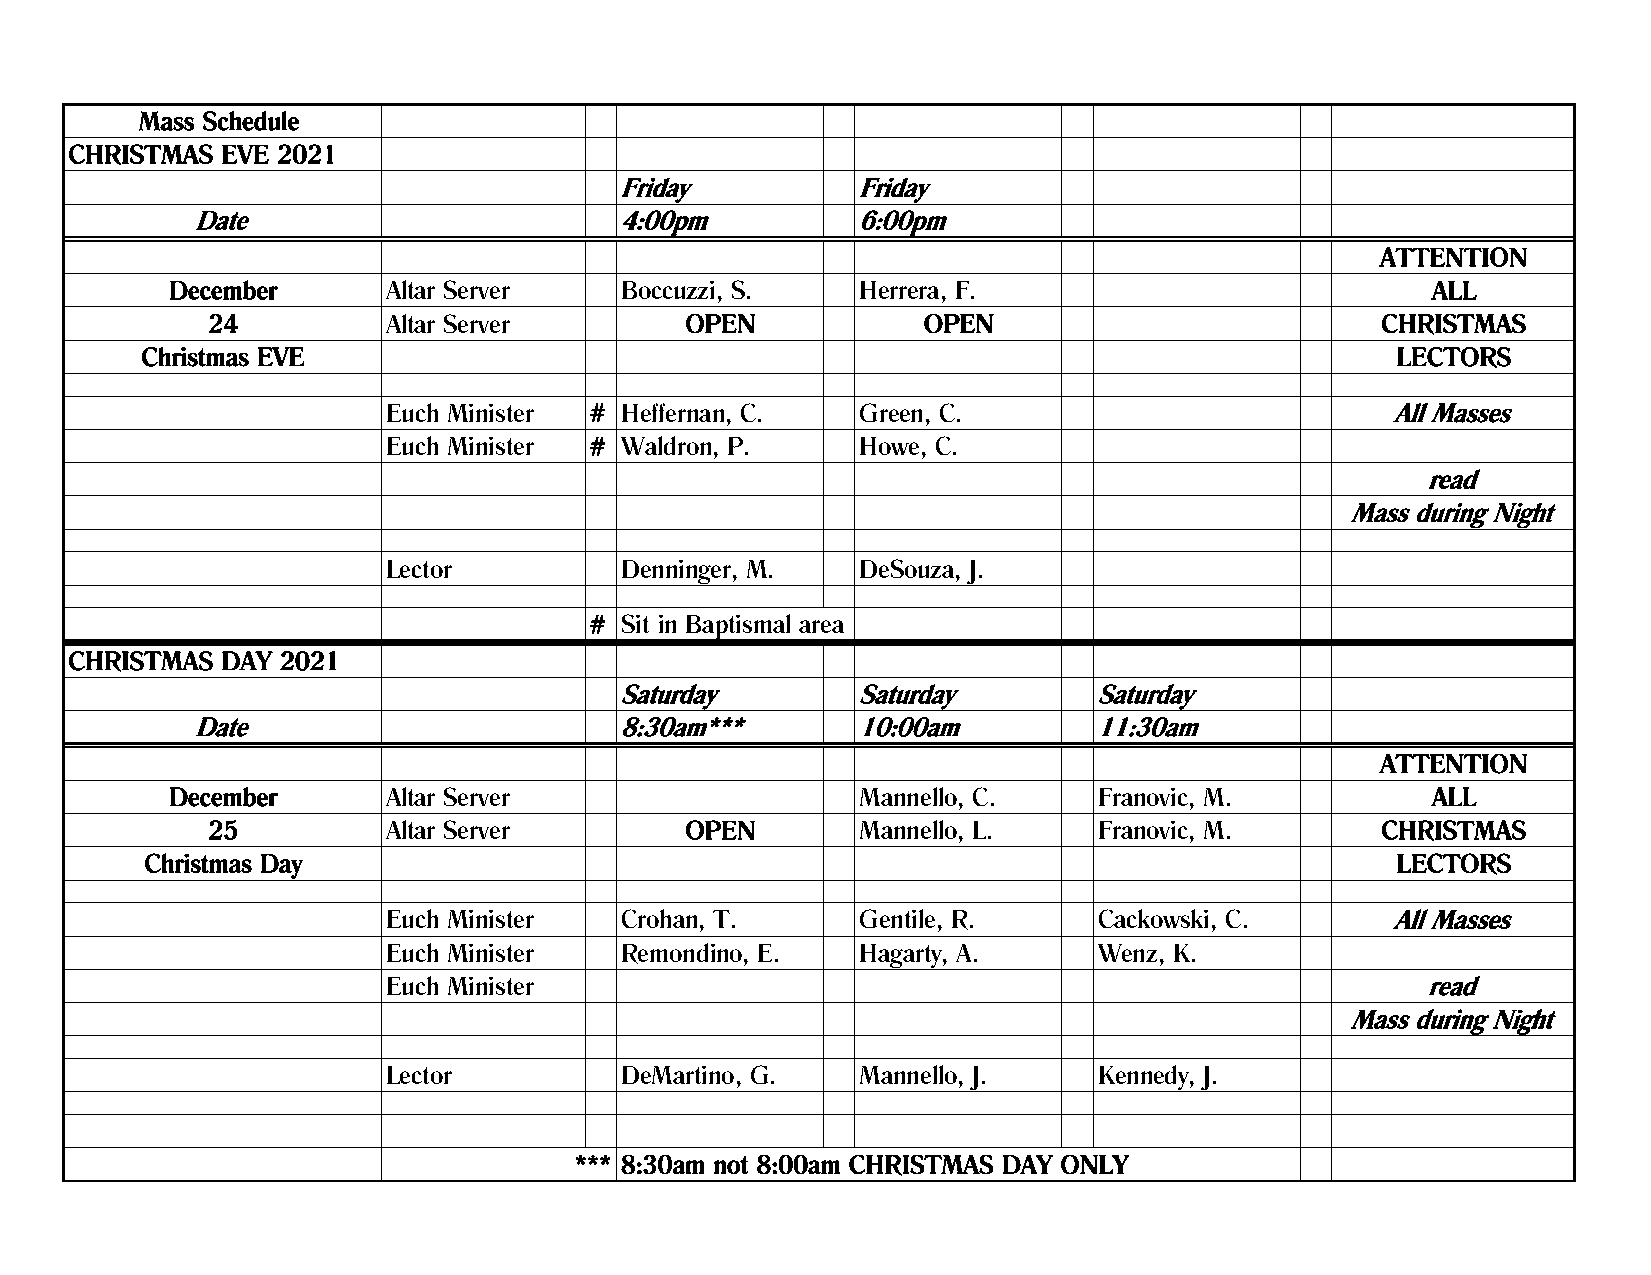
Mass Schedule
 CHRISTMAS EVE 2021
 Friday          Friday
 Date                        4:00pm          6:00pm
 ATTENTION
 December       Altar Server   Boccuzzi, S.    Herrera, F.                           ALL
 24          Altar Server       OPEN            OPEN                          CHRISTMAS
 Christmas EVE                                                                      LECTORS
 Euch Minister # Heffernan, C.  Green, C.                          All Masses
 Euch Minister # Waldron, P.    Howe, C.
 read
 Mass during Night
 Lector         Denninger, M.   DeSouza, J.
 # Sit in Baptismal area
 CHRISTMAS DAY 2021
 Saturday        Saturday       Saturday
 Date                        8:30am***       10:00am        11:30am
 ATTENTION
 December       Altar Server                   Mannello, C.    Franovic, M.          ALL
 25          Altar Server       OPEN        Mannello, L.    Franovic, M.      CHRISTMAS
 Christmas Day                                                                     LECTORS
 Euch Minister  Crohan, T.      Gentile, R.     Cackowski, C.      All Masses
 Euch Minister  Remondino, E.   Hagarty, A.     Wenz, K.
 Euch Minister                                                       read
 Mass during Night
 Lector         DeMartino, G.   Mannello, J.    Kennedy, J.
 *** 8:30am not 8:00am CHRISTMAS DAY ONLY